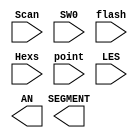
module 	Seg7_Dev(input[2:0] Scan,
						input SW0,
						input flash,
						input[31:0]Hexs,
						input[7:0]point,
						input[7:0]LES,
						output[7:0]SEGMENT,
						output[3:0]AN
						);

endmodule